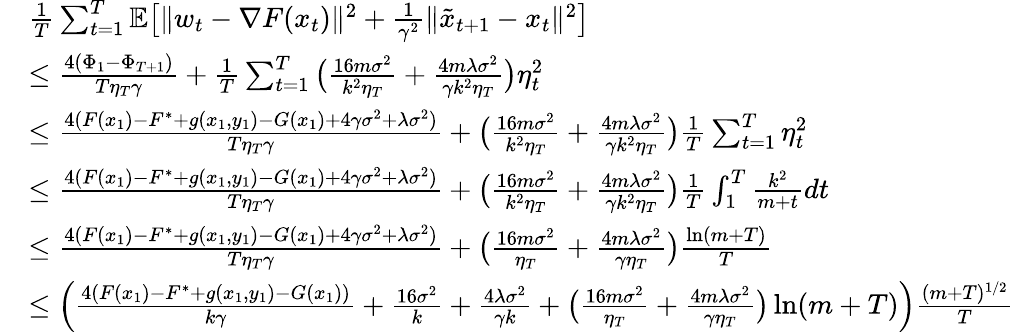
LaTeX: \begin{array}{rl}&{\frac{1}{T}\sum_{t=1}^{T}\mathbb{E}\big[\| w_{t}-\nabla F(x_{t})\| ^{2}+\frac{1}{\gamma^{2}}\| \tilde{x}_{t+1}-x_{t}\| ^{2}\big]}\\ &{\leq\frac{4(\Phi_{1}-\Phi_{T+1})}{T\eta_{T}\gamma}+\frac{1}{T}\sum_{t=1}^{T}\big(\frac{16m\sigma^{2}}{k^{2}\eta_{T}}+\frac{4m\lambda\sigma^{2}}{\gamma k^{2}\eta_{T}}\big)\eta_{t}^{2}}\\ &{\leq\frac{4(F(x_{1})-F^{*}+g(x_{1},y_{1})-G(x_{1})+4\gamma\sigma^{2}+\lambda\sigma^{2})}{T\eta_{T}\gamma}+\big(\frac{16m\sigma^{2}}{k^{2}\eta_{T}}+\frac{4m\lambda\sigma^{2}}{\gamma k^{2}\eta_{T}}\big)\frac{1}{T}\sum_{t=1}^{T}\eta_{t}^{2}}\\ &{\leq\frac{4(F(x_{1})-F^{*}+g(x_{1},y_{1})-G(x_{1})+4\gamma\sigma^{2}+\lambda\sigma^{2})}{T\eta_{T}\gamma}+\big(\frac{16m\sigma^{2}}{k^{2}\eta_{T}}+\frac{4m\lambda\sigma^{2}}{\gamma k^{2}\eta_{T}}\big)\frac{1}{T}\int_{1}^{T}\frac{k^{2}}{m+t}dt}\\ &{\leq\frac{4(F(x_{1})-F^{*}+g(x_{1},y_{1})-G(x_{1})+4\gamma\sigma^{2}+\lambda\sigma^{2})}{T\eta_{T}\gamma}+\big(\frac{16m\sigma^{2}}{\eta_{T}}+\frac{4m\lambda\sigma^{2}}{\gamma\eta_{T}}\big)\frac{\ln(m+T)}{T}}\\ &{\leq\Big(\frac{4(F(x_{1})-F^{*}+g(x_{1},y_{1})-G(x_{1}))}{k\gamma}+\frac{16\sigma^{2}}{k}+\frac{4\lambda\sigma^{2}}{\gamma k}+\big(\frac{16m\sigma^{2}}{\eta_{T}}+\frac{4m\lambda\sigma^{2}}{\gamma\eta_{T}}\big)\ln(m+T)\Big)\frac{(m+T)^{1/2}}{T}}\end{array}